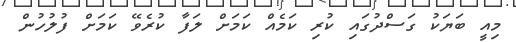
މިއީ ބަޔަކު ގަސްދުގައި ކުރި ކަމެއް ކަމަށް ލަފާ ކުރެވޭ ކަމަށް ފުލުހުން